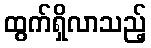
ထွက်ရှိလာသည့်